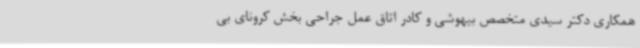
همکاری دکتر سیدی متخصص بیهوشی و کادر اتاق عمل جراحی بخش کرونای بی